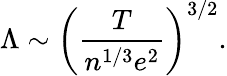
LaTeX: \Lambda\sim\left(\frac{T}{n^{1/3}e^{2}}\right)^{3/2}.